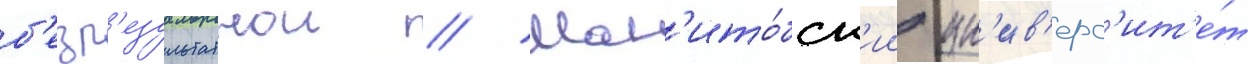
б'езр'езультатнои // Ман'ито́бск'ии ун'ив'ерс'ит'е́т